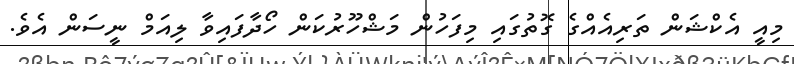
މިއީ އެކްޝަން ތަރިއެއްގެ ގޮތުގައި މިފަހުން މަޝްހޫރުކަން ހޯދާފައިވާ ލިއަމް ނީސަން އެވެ.